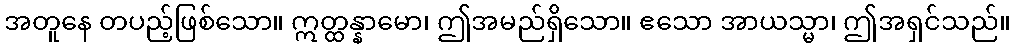
အတူနေ တပည့်ဖြစ်သော။ ဣတ္ထန္နာမော၊ ဤအမည်ရှိသော။ ဧသော အာယသ္မာ၊ ဤအရှင်သည်။